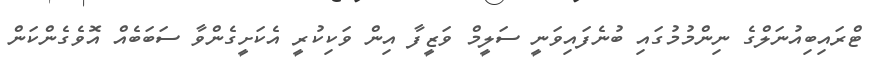
ޓްރައިބިއުނަލްގެ ނިންމުމުގައި ބުނެފައިވަނީ ސަލީމް ވަޒީފާ އިން ވަކިކުރީ އެކަށީގެންވާ ސަބަބެއް އޮވެގެންކަން